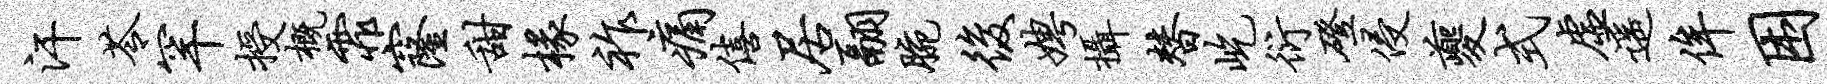
汗苓罕授概霏窿甜椽祚痛僖居翮腕后娉摄替屹衍磴侵夔式虚遥侔困